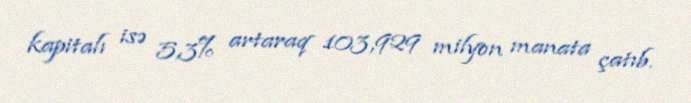
kapitalı isə 5,3% artaraq 103,929 milyon manata çatıb.